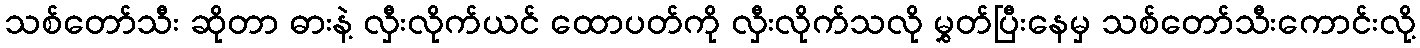
သစ်တော်သီး ဆိုတာ ဓားနဲ့ လှီးလိုက်ယင် ထောပတ်ကို လှီးလိုက်သလို မွှတ်ပြီးနေမှ သစ်တော်သီးကောင်းလို့